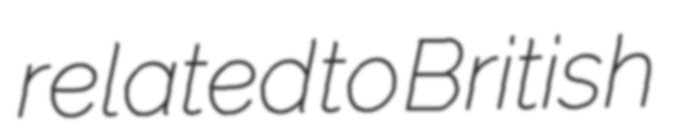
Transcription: related to British